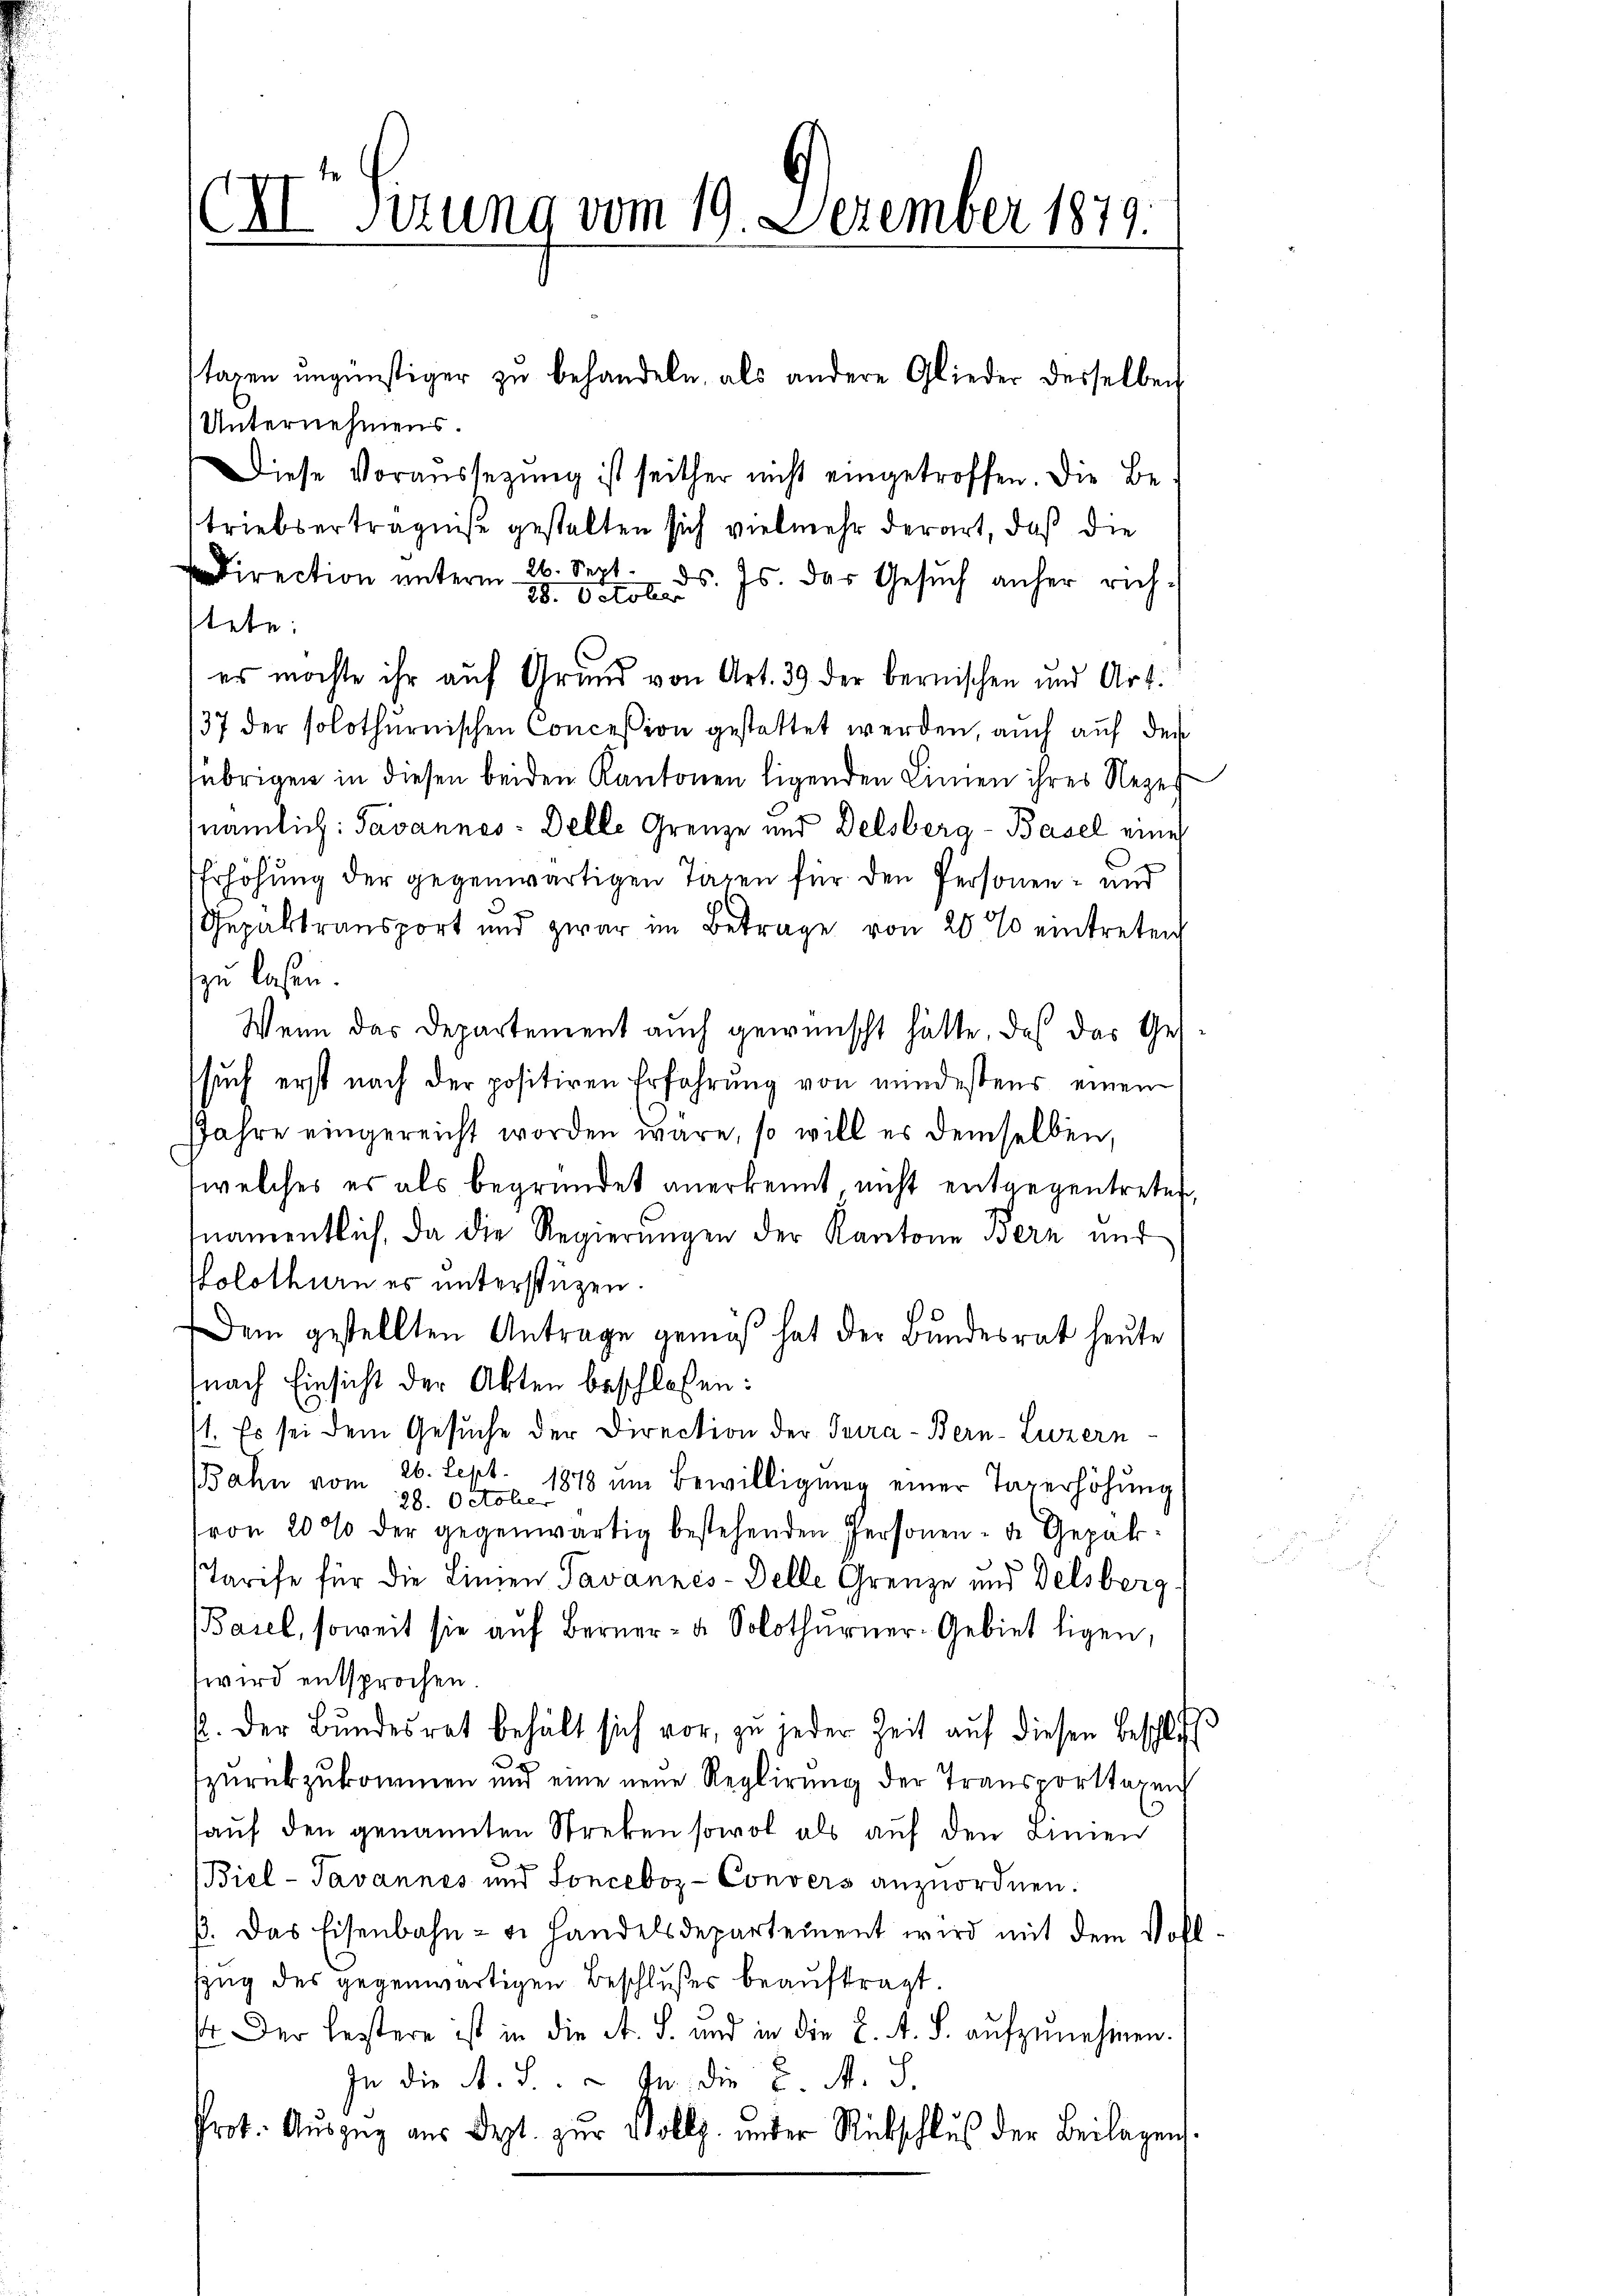
CIISizung vom 19. Dezember 1879.

Unternehmens.
Diese Voraussetzung ist seither nicht eingetroffen. Die Betriebserträgniße gestalten sich vielmehr derart, daß die
direction unterm 26. Sept. d. Js. das Gesŭch anher rich¬
28. October
tete:
es möchte ihr auf Grund von Art. 39 der bernischen und Art.
37 der solothurnischen Conceßion gestattet werden, auch auf den
übrigen in diesen beiden Kantonen ligenden Linien ihres Rezes
nämlich: Javannes: Delle Grenze und Delsberg-Basel eine
Erhöhung der gegenwärtigen Tagen für den Personen- und
Gepältransport und zwar im Betrage von 20 % eintreten
zu lassen.
Wenn das Departement auch gewünscht hätte, daß das Gessŭch erst nach der positiren Erfahrŭng von mindestens einen
JJahre eingereicht worden wäre, so will es demselben,
welches es als begründet anerkennt nicht entgegentreten,
namentlich, da die Regierungen der Kantone Bern und
Holothurn es unterstüzen.
Dem gestellten Antrage gemäß hat der Bundesrat heute
nach Einsicht der Akten beschlossen:
/1. Es sei dem Gesuche der Direction der Tuira - Bern-Luzern
Bahn vom 26. Sept. 1878 um Bewilligung einer Tagerhöhung
28. Oktober
(von 2000 der gegenwärtig bestehenden Personen- u. Gepak¬
Tarife für die Linien Tavannes- Delle Grenze und Delsberg
(Basel, soweit sie auf Berner- u Solothurner-Gebiet ligen,
wird entsprochen.
p. Der Bundesrat behält sich vor, zu jeder Zeit auf diesen Beschlu
d
zurückzukommen und eine neue Reglirung der Transporttaxen
haŭf den genannten Streken sowol als auf den einen
Biel-Javannes und Sonceboz-Convers anzŭordnen.
ß. Das Eisenbahn- u. handelsdepartement wird mit dem Vollzzug des gegenwärtigen Beschlußes beauftragt.
 Der bestere ist in die A. S. und in die L. A. S. aŭfzŭnehmen.
In die A. S. 4. die u. M. S.
Prot. Aŭszŭg aŭs dest. zŭr Vollz. inder Rückschluß der Beilagen.

tagen ungünstiger zu behandeln, als andere Glieder desselben